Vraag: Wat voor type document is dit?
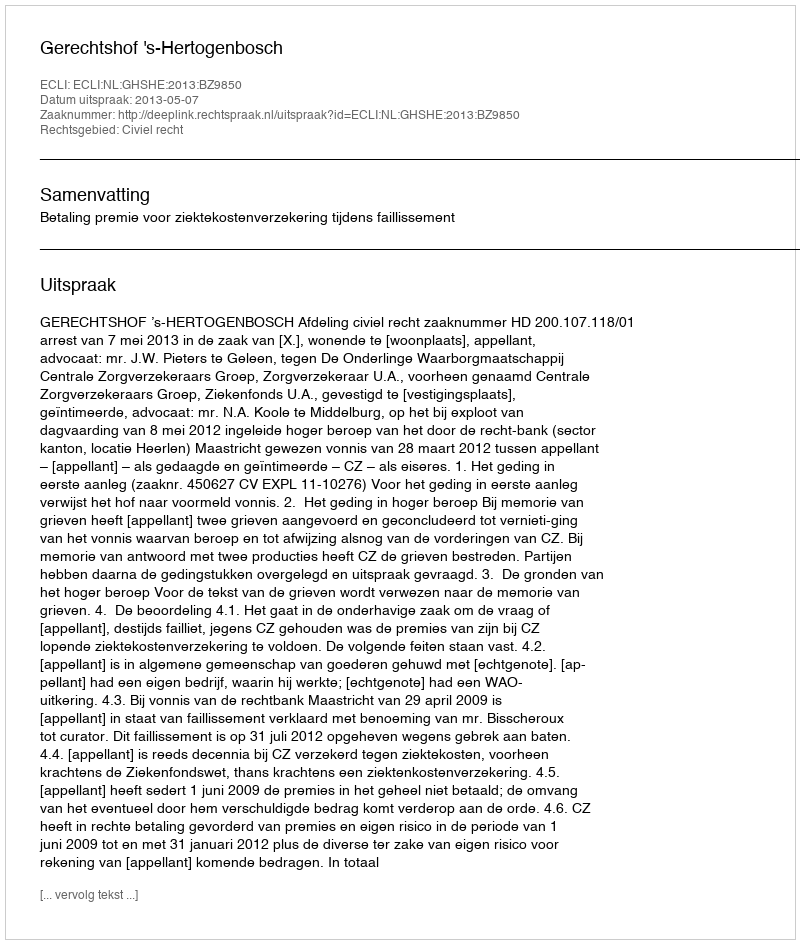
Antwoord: Uitspraak